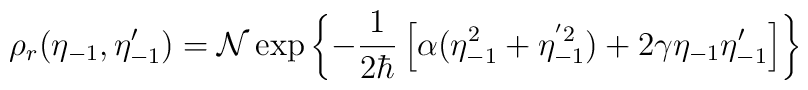
\rho_r(\eta_{-1},\eta'_{-1})={\cal N}\exp\left\{-{1\over 2\hbar}\left[\alpha (\eta^2_{-1}+\eta^{'2}_{-1})+ 2\gamma \eta_{-1}\eta'_{-1}\right] \right\}